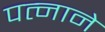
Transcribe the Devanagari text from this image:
पत्‍नाने